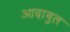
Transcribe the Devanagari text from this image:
आदाबुल